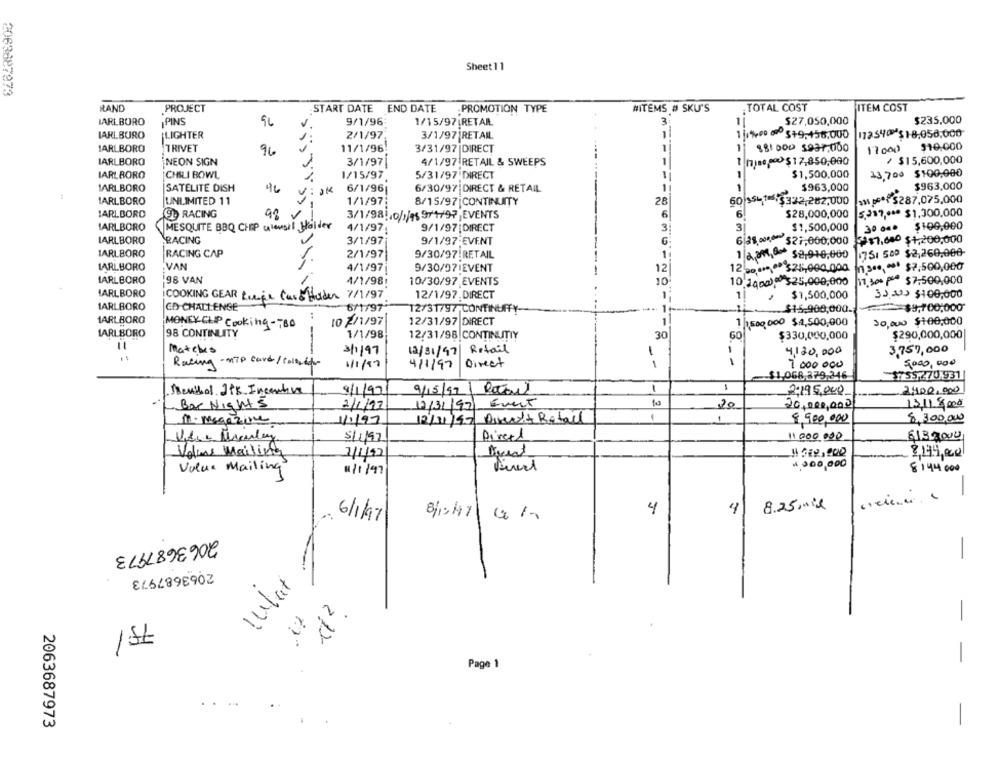
Sheet 11
2063687973
ITEM COST
RAND
PROJECT
START DATE END DATE
PROMOTION TYPE
#ITEMS # SKU'S
. TOTAL COST
MARLBORO
PIN'S
94
9/1/96
1/15/97 RETAIL
3
11
$27,050,000
$235,000
IARLBURO
LIGHTER
2/1/97
3/1/97 RETAIL
172540 $18.050.000
MARLBORO
TRIVET
96
11/1/96:
3/31/97 |DIRECT
1
1 881000 $937,000
17000
$10,000
MARLBORO
3/1/97
1
1 hino pc) $17,850,000
/ $15,600,000
NEON SIGN
4/1/97 RETAIL & SWEEPS
IARLBORO
CHILI BOWL
1/15/97
5/31/97 DIRECT
1
$1,500,000
13,700 $100.000
MARLBORO
SATELITE DISH
ViOK
6/1/96
6/30/97 DIRECT & RETAIL
1
$963,000
$963,000
MARLBORO
UNLIMITED 11
1/1/97:
8/15/97|CONTINUITY
28
60 354 16, $322,282,000
31 06$287,075,000
IARLBORD
RACING
--
6
$28,000,000
5,307,000 $1,300,000
98 V
3/1/981,0/1/11 971/97, EVENTS
6
MARLBORO
MESQUITE BBQ CHIP utensil Holder
4/1/97:
9/1/97 |DIRECT
3:
3
$1,500,000
30 0 ** $100,000
LARLBORO
RACING
3/1/97
9/1/97 EVENT
G
6 38. 27,000,000
$$7,600 $1,200,000
1751 500 $2,260,000-
MARLBORO
RACING CAP
2/1/97
9/30/97 RETAIL
1
1 OM @ $2,910,000
MARLBORO
.VAN
1.3 ..... $7,500,000
4/1/97
9/30/07IEVENT
12
12 20 are :$25,000.000
MARLBORO
98 VAN
4/1/98:
10/30/97 EVENTS
10
10,1000). $25,000,000
11.30% Pº $7,500,000
MARLBORO
COOKING GEAR tiefin Caso Holder 7/1/97
12/1/97, DIRECT
1
1|
$1,500,000
33.000 $100,000
MARLBORO
CD-CHALLENGE
6/1/97
12/31/97 CONTINUITY
... 1+ --
.. $15.908,000.
$9,700,000"
MARLBORO
MONEY CLIP Cooking-TBD
10 2/1/97
12/31/97 DIRECT
1
1 1500.000 $2.500,000
30,000 $100,000
LARI BORO
98 CONTINUITY
1/1/98
12/31/98 CONTINUTIY
30
60
$330,000,000
$290,000,000
Matches
---
3/1/97
Retail
3,757,000
12/31/97
4,130,000
Racing - NTP card / collabor
1/1/97
4/1/97
Direct
7 000. 000
5,000,000
$1,068,379,246
$755,270.931|
1
Mevilol Jig Incentive
4/1/97
9/15/99
2,195,000
2,400,000
Bar Night 5
Event
20
1311 8000
2/1/11
12/31/92)
20,000,000
12/11/97 Divertt Retail
8.300,000
M. magazine
1/1/97
8,900,000
Direct
5/1/97
11000 000
6133000
Volins Mailing
1/1/92
$$ $12,000
3,199,00
Value Mailing
4.000.000
1/1/97
$144 000
-
4
4
8.25 ,mix
6/1/97
81047 01
-
2063687973
what
-
212
1st
-
Page 1
2063687973
-